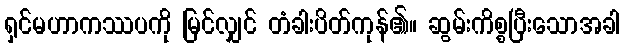
ရှင်မဟာကဿပကို မြင်လျှင် တံခါးပိတ်ကုန်၏။ ဆွမ်းကိစ္စပြီးသောအခါ